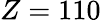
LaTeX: Z=110